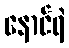
နောင်ရဲ